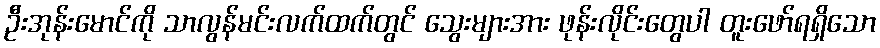
ဦးအုန်းမောင်ကို သာလွန်မင်းလက်ထက်တွင် သွေးများအား ဖုန်းလိုင်းတွေပါ တူးဖော်ရရှိသော